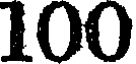
100